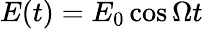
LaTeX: E(t)=E_{0}\cos\Omega t